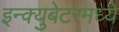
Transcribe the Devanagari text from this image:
इन्क्युबेटरमध्ये